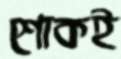
শোকই